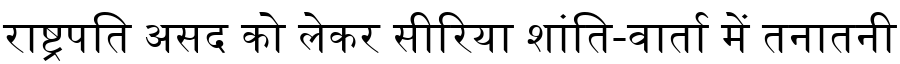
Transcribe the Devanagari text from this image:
राष्ट्रपति असद को लेकर सीरिया शांति-वार्ता में तनातनी